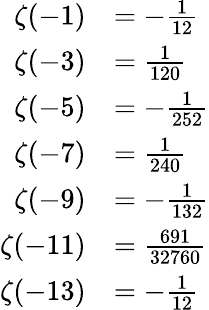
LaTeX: {\begin{array}{rl}{\zeta(-1)}&{=-{\frac{1}{12}}}\\ {\zeta(-3)}&{={\frac{1}{120}}}\\ {\zeta(-5)}&{=-{\frac{1}{252}}}\\ {\zeta(-7)}&{={\frac{1}{240}}}\\ {\zeta(-9)}&{=-{\frac{1}{132}}}\\ {\zeta(-11)}&{={\frac{691}{32760}}}\\ {\zeta(-13)}&{=-{\frac{1}{12}}}\end{array}}